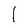
Character: 1